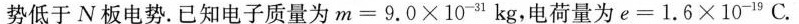
势低于N板电势。已知电子质量为$$m = 9 . 0 \times 1 0 ^ { - 3 1 }$$kg，电荷量为$$e = 1 . 6 \times 1 0 ^ { - 9 }$$C.